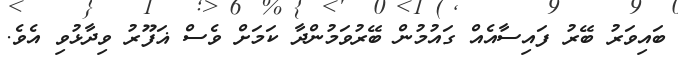
ބައިވަރު ބޭރު ފައިސާއެއް ގައުމުން ބޭރުވަމުންދާ ކަމަށް ވެސް ޣަފޫރު ވިދާޅުވި އެވެ.